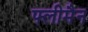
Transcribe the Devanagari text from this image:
फ्लीमैन